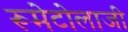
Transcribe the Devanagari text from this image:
रूमेटोलाजी